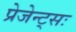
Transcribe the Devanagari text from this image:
प्रेजेन्ट्सः